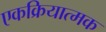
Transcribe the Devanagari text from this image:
एकक्रियात्मक